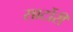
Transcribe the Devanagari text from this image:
सार्टोरी